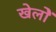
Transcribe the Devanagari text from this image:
खेलोें